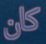
كان